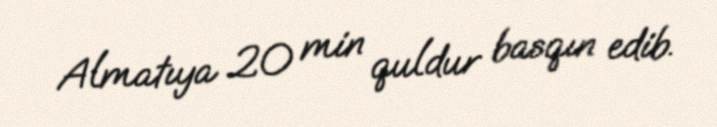
Almatıya 20 min quldur basqın edib.